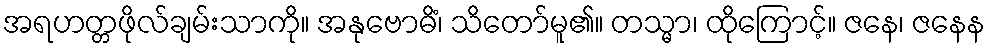
အရဟတ္တဖိုလ်ချမ်းသာကို။ အနုဗောဓိံ၊ သိတော်မူ၏။ တသ္မာ၊ ထိုကြောင့်။ ဇနေ၊ ဇနေန